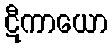
ဋီကာယော